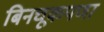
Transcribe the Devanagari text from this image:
बिनचूकपणा